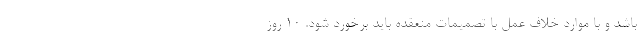
باشد و با موارد خلاف عمل با تصمیمات منعقده باید برخورد شود. ۱۰ روز